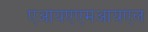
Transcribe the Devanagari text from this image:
एआयएएमआयएल